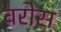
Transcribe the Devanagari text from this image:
वरोस